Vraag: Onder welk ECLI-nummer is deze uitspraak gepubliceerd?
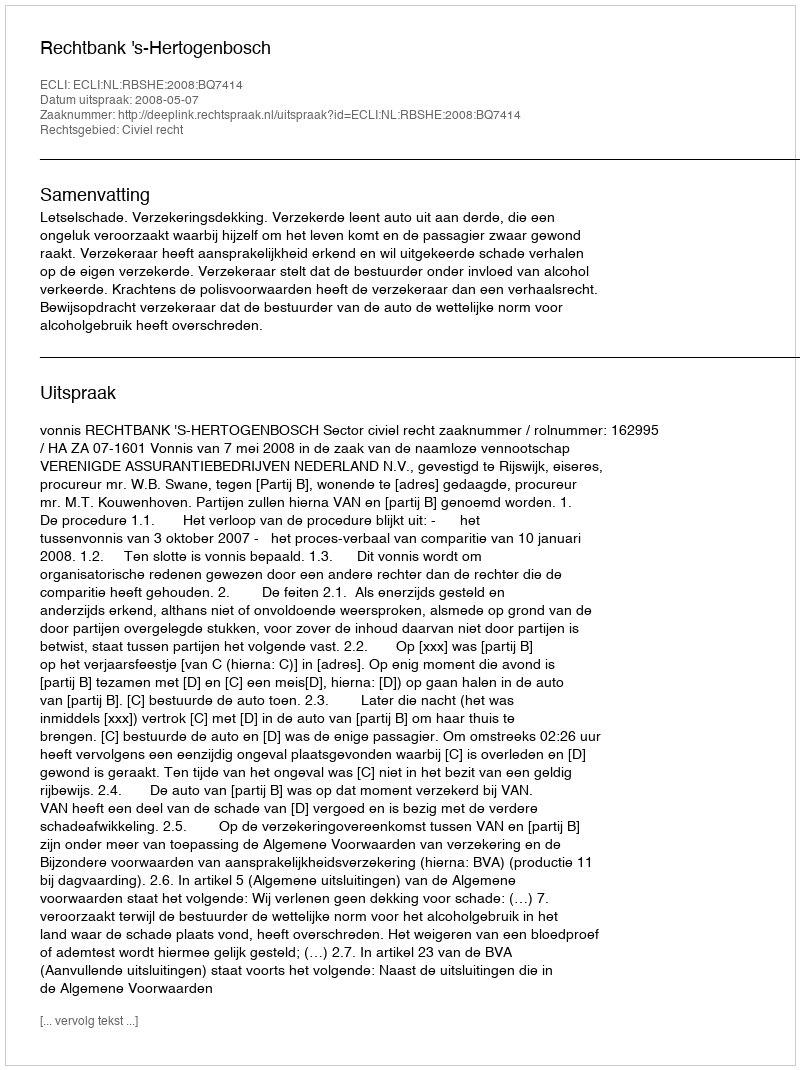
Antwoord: ECLI:NL:RBSHE:2008:BQ7414